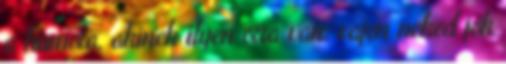
a humora, akinek ilyen orra van: vajon neked jók